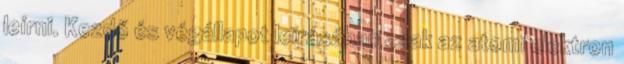
leírni. Kezdő és végállapot leírásában csak az atomi elektron